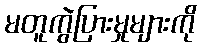
မတူကွဲပြားမှုများကို